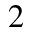
^ 2